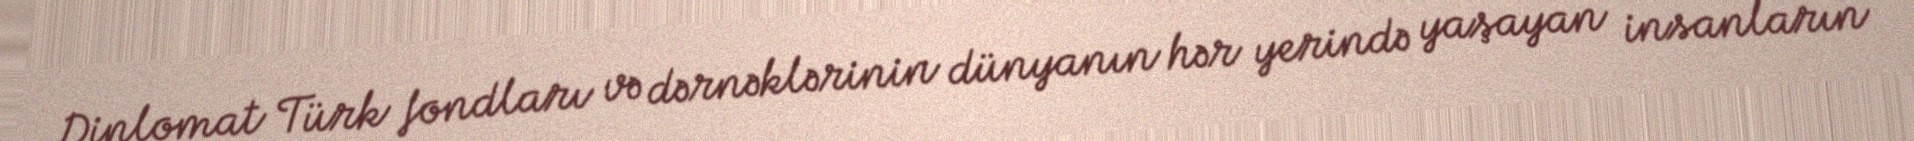
Diplomat Türk fondları və dərnəklərinin dünyanın hər yerində yaşayan insanların